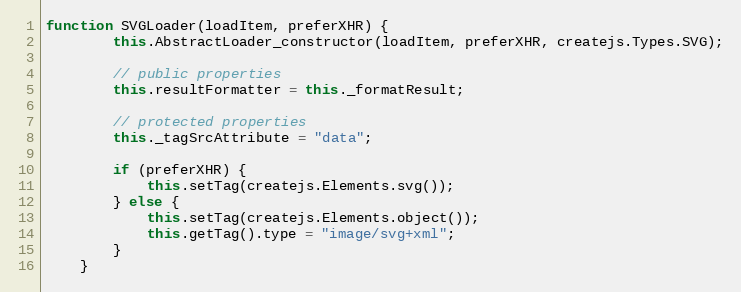
Language: JavaScript
function SVGLoader(loadItem, preferXHR) {
		this.AbstractLoader_constructor(loadItem, preferXHR, createjs.Types.SVG);

		// public properties
		this.resultFormatter = this._formatResult;

		// protected properties
		this._tagSrcAttribute = "data";

		if (preferXHR) {
			this.setTag(createjs.Elements.svg());
		} else {
			this.setTag(createjs.Elements.object());
			this.getTag().type = "image/svg+xml";
		}
	}